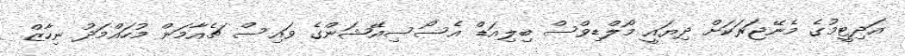
އަދިޓީމުގެ މެނޭޖަރަކަށް ދިޔައީ މޯލްޑިވްސް ބިލިއަޑް އެސޯސިއޭޝަންގެ ވައިސް ޗެއާމަން މުހައްމަދު ނިހާޒް